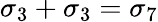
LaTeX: \sigma_{3}+\sigma_{3}=\sigma_{7}